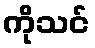
ကိုသင်